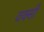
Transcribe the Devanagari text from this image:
वक्सी